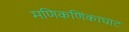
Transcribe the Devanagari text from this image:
मणिकणिंकाघाट